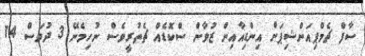
ސާފް ޗެމްޕިއަންޝިޕަށް އިންޑިއާއިން ޒުވާން ސްކޮޑެއް ޗެތުރީވެސް ނުހިމެނޭ 3 ދުވަސް 14